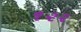
૧૨૨